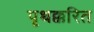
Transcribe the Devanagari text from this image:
पृथक्करित